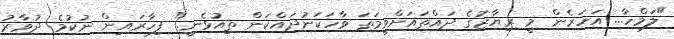
"ލަމްހާ... އަހަރެން މީ ރިޔާޒުގެ ދައްތައަށްވީމަތަ ވާހަކަނުދައްކަން ތިއުޅެނީ." ފިހާރައިން ނުކުމެ ދުވާރު